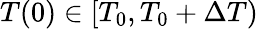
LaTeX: T(0)\in[T_{0},T_{0}+\Delta T)